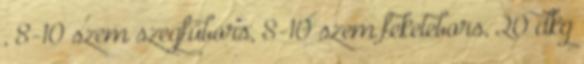
, 8-10 szem szegfűbors, 8-10 szem feketebors, 20 dkg